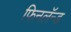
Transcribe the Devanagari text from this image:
फिनलॅन्ड